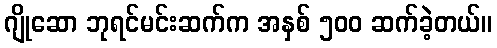
ဂျိုဆော ဘုရင်မင်းဆက်က အနှစ် ၅၀၀ ဆက်ခဲ့တယ်။